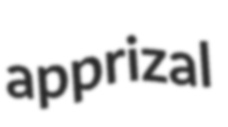
apprizal